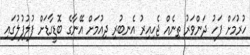
ހުރުމަށް ފަހު ދަންވަރު ތިނެއް ޖެހިއިރު އެނބުރި ދިއުމަށް އޭނާގެ ބޮޑީގާޑަށް ފުލުފުލުގައި